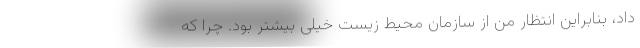
داد، بنابراین انتظار من از سازمان محیط زیست خیلی بیشتر بود. چرا که